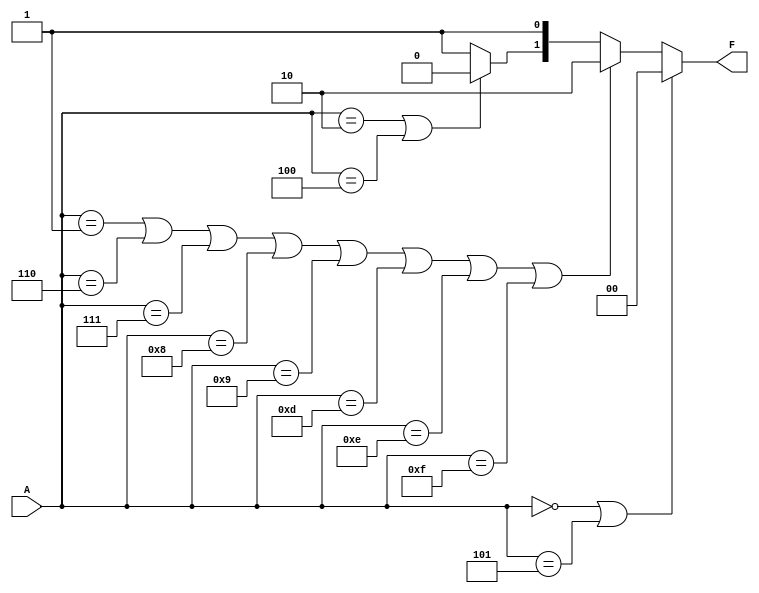
module Lab4_3(F, A);
input [0:3] A;
output [0:1] F;
reg [0:1] F;

always @ (A)
	if ((A==4'b0000)||(A==4'b0101))
		F[0:1] = 2'b00;
	else if ((A==4'b0001)||(A==4'b0110)||(A==4'b0111)||(A==4'b1000)
				||(A==4'b1001)||(A==4'b1101)||(A==4'b1110)||(A==4'b1111))
		F[0:1] = 2'b10;
	else if ((A==4'b0010)||(A==4'b0100))
		F <= 2'b01;
	else
		begin
		F[0]=1;
		F[1]=1;
		end

endmodule